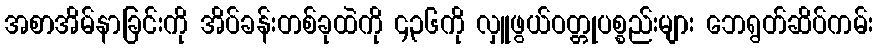
အစာအိမ်နာခြင်းကို အိပ်ခန်းတစ်ခုထဲကို ၄၃၆ကို လှူဖွယ်ဝတ္တုပစ္စည်းများ ဘေရွတ်ဆိပ်ကမ်း